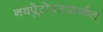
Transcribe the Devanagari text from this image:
नवप्लेटोमतामार्फत